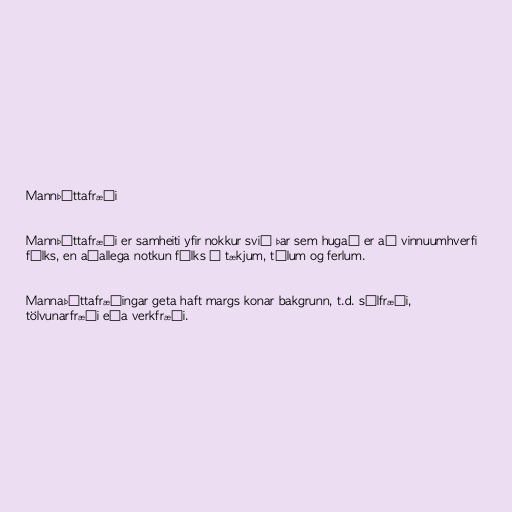
Mannþáttafræði

Mannþáttafræði er samheiti yfir nokkur svið þar sem hugað er að vinnuumhverfi
fólks, en aðallega notkun fólks á tækjum, tólum og ferlum.

Mannaþáttafræðingar geta haft margs konar bakgrunn, t.d. sálfræði,
tölvunarfræði eða verkfræði.